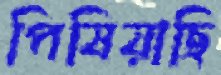
পিষিয়াছি